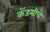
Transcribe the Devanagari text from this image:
कॅडमीचे